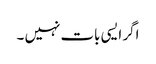
اگر ایسی بات نہیں ۔